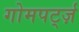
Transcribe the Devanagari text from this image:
गोमपर्ट्ज़